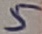
Text: 5